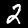
Label: 2